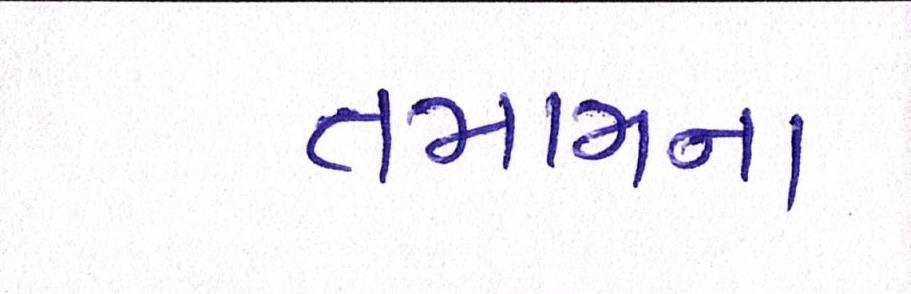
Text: તમામના